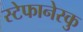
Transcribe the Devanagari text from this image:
स्टेफानेस्कु